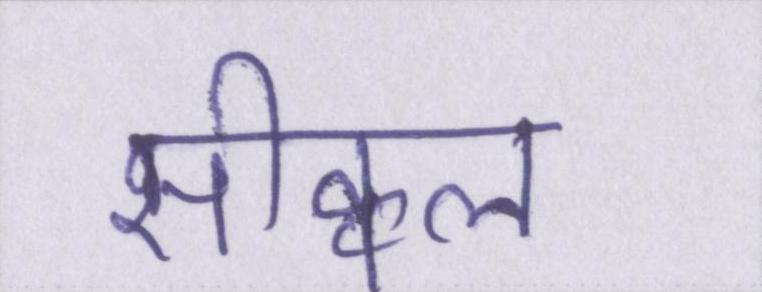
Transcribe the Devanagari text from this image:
सीक्वल